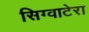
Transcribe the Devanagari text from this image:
सिग्वाटेरा